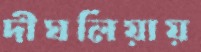
দীঘলিয়ায়